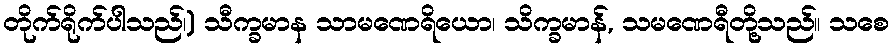
တိုက်ရိုက်ပါသည်၊) သီက္ခမာန သာမဏေရိယော၊ သိက္ခမာန်, သမဏေရီတို့သည်။ သစေ